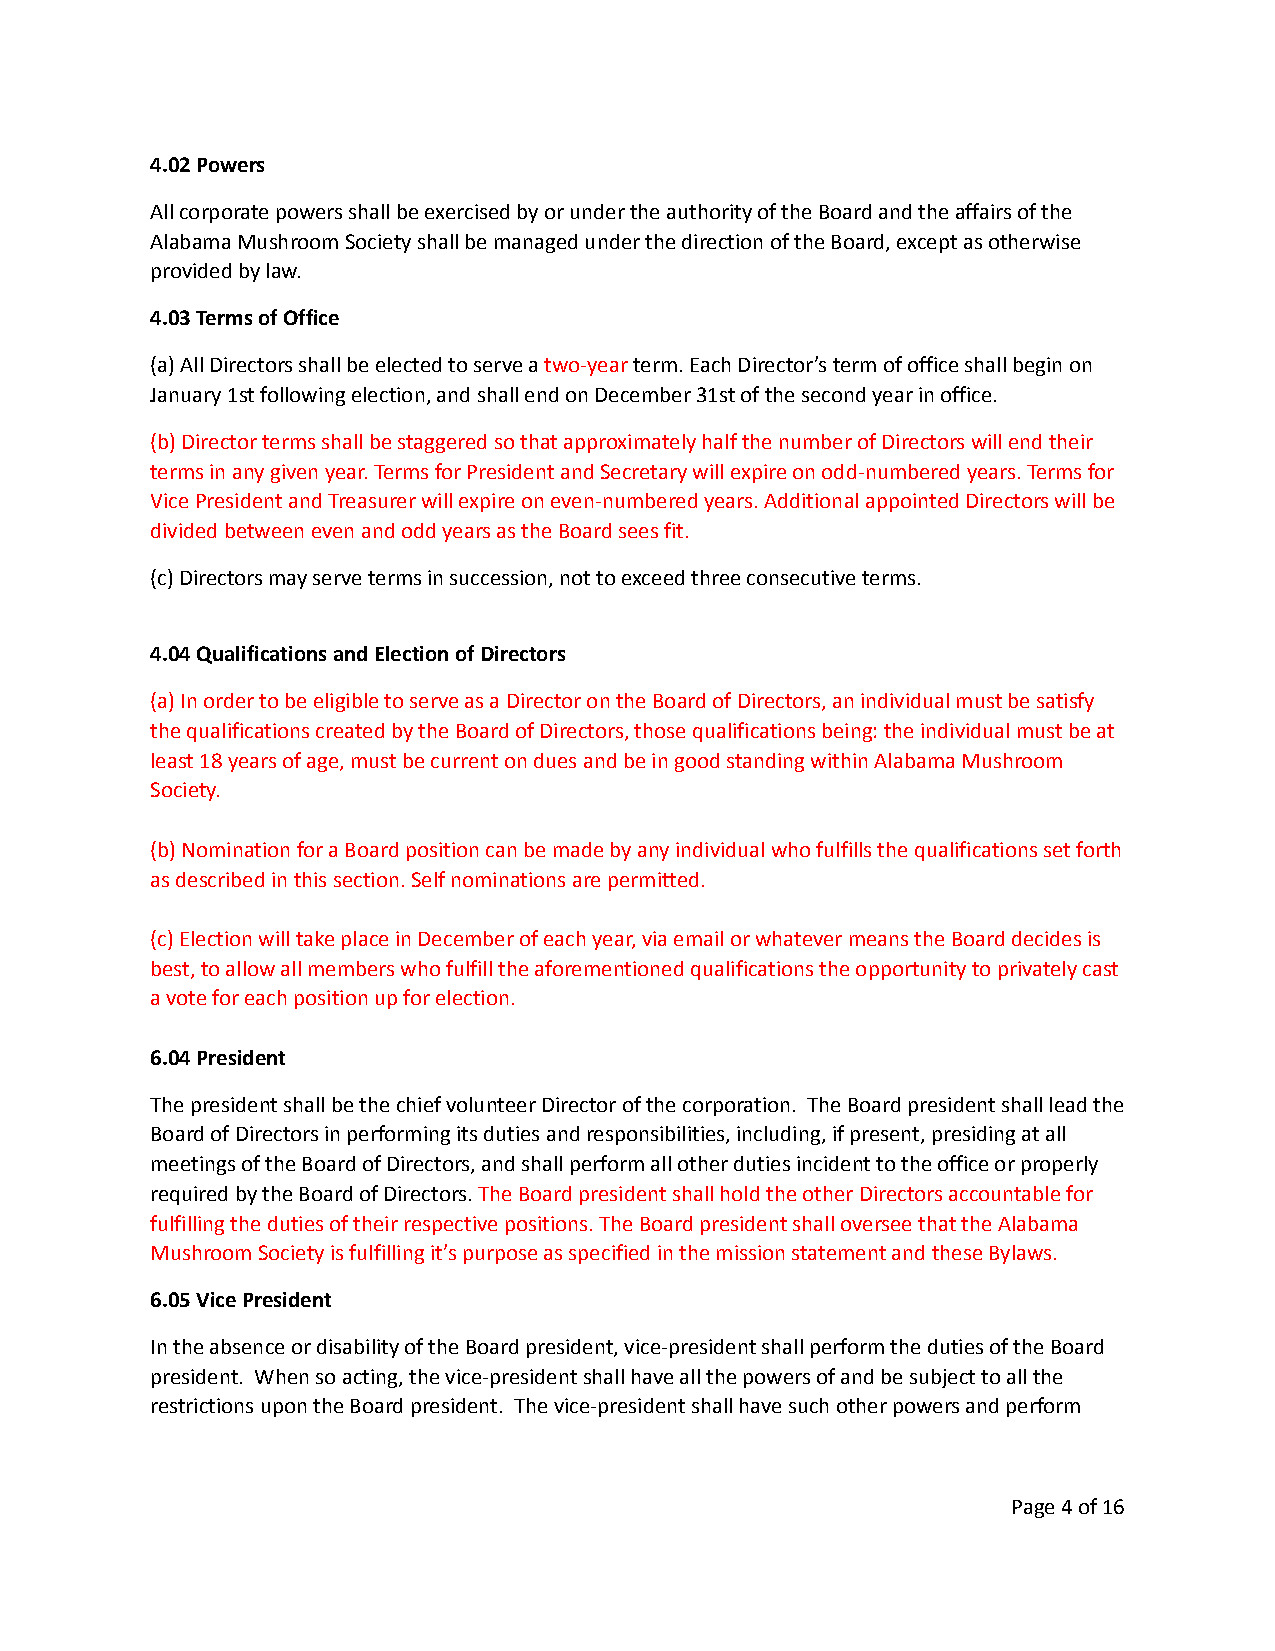
4.02 Powers
 All corporate powers shall be exercised by or under the authority of the Board and the affairs of the
 Alabama Mushroom Society shall be managed under the direction of the Board, except as otherwise
 provided by law.
 4.03 Terms of Office
 (a) All Directors shall be elected to serve atwo-yearterm. Each Director’s term of office shall begin on
 January 1st following election, and shall end on December 31st of the second year in office.
 (b) Director terms shall be staggered so that approximately half the number of Directors will end their
 terms in any given year. Terms for President and Secretary will expire on odd-numbered years. Terms for
 Vice President and Treasurer will expire on even-numbered years. Additional appointed Directors will be
 divided between even and odd years as the Board sees fit.
 (c) Directors may serve terms in succession, not to exceed three consecutive terms.
 4.04 Qualifications and Election of Directors
 (a) In order to be eligible to serve as a Director on the Board of Directors, an individual must be satisfy
 the qualifications created by the Board of Directors, those qualifications being: the individual must be at
 least 18 years of age, must be current on dues and be in good standing within Alabama Mushroom
 Society.
 (b) Nomination for a Board position can be made by any individual who fulfills the qualifications set forth
 as described in this section. Self nominations are permitted.
 (c) Election will take place in December of each year, via email or whatever means the Board decides is
 best, to allow all members who fulfill the aforementioned qualifications the opportunity to privately cast
 a vote for each position up for election.
 6.04 President
 The president shall be the chief volunteer Director of the corporation. The Board president shall lead the
 Board of Directors in performing its duties and responsibilities, including, if present, presiding at all
 meetings of the Board of Directors, and shall perform all other duties incident to the office or properly
 required by the Board of Directors.The Board presidentshall hold the other Directors accountable for
 fulfilling the duties of their respective positions. The Board president shall oversee that the Alabama
 Mushroom Society is fulfilling it’s purpose as specified in the mission statement and these Bylaws.
 6.05 Vice President
 In the absence or disability of the Board president, vice-president shall perform the duties of the Board
 president. When so acting, the vice-president shall have all the powers of and be subject to all the
 restrictions upon the Board president. The vice-president shall have such other powers and perform
 Page4of 16